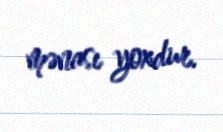
mənası yoxdur.